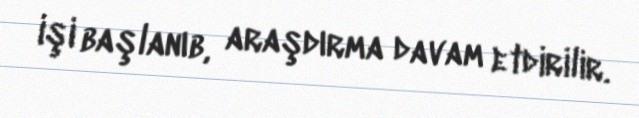
işi başlanıb, araşdırma davam etdirilir.